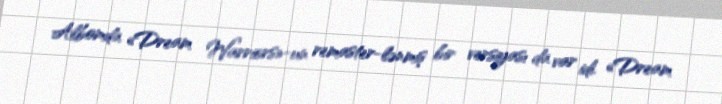
Albomda «Dream Warriors»-un remaster-lənmiş bir versiyası da var idi. «Dream